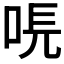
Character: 𠳠